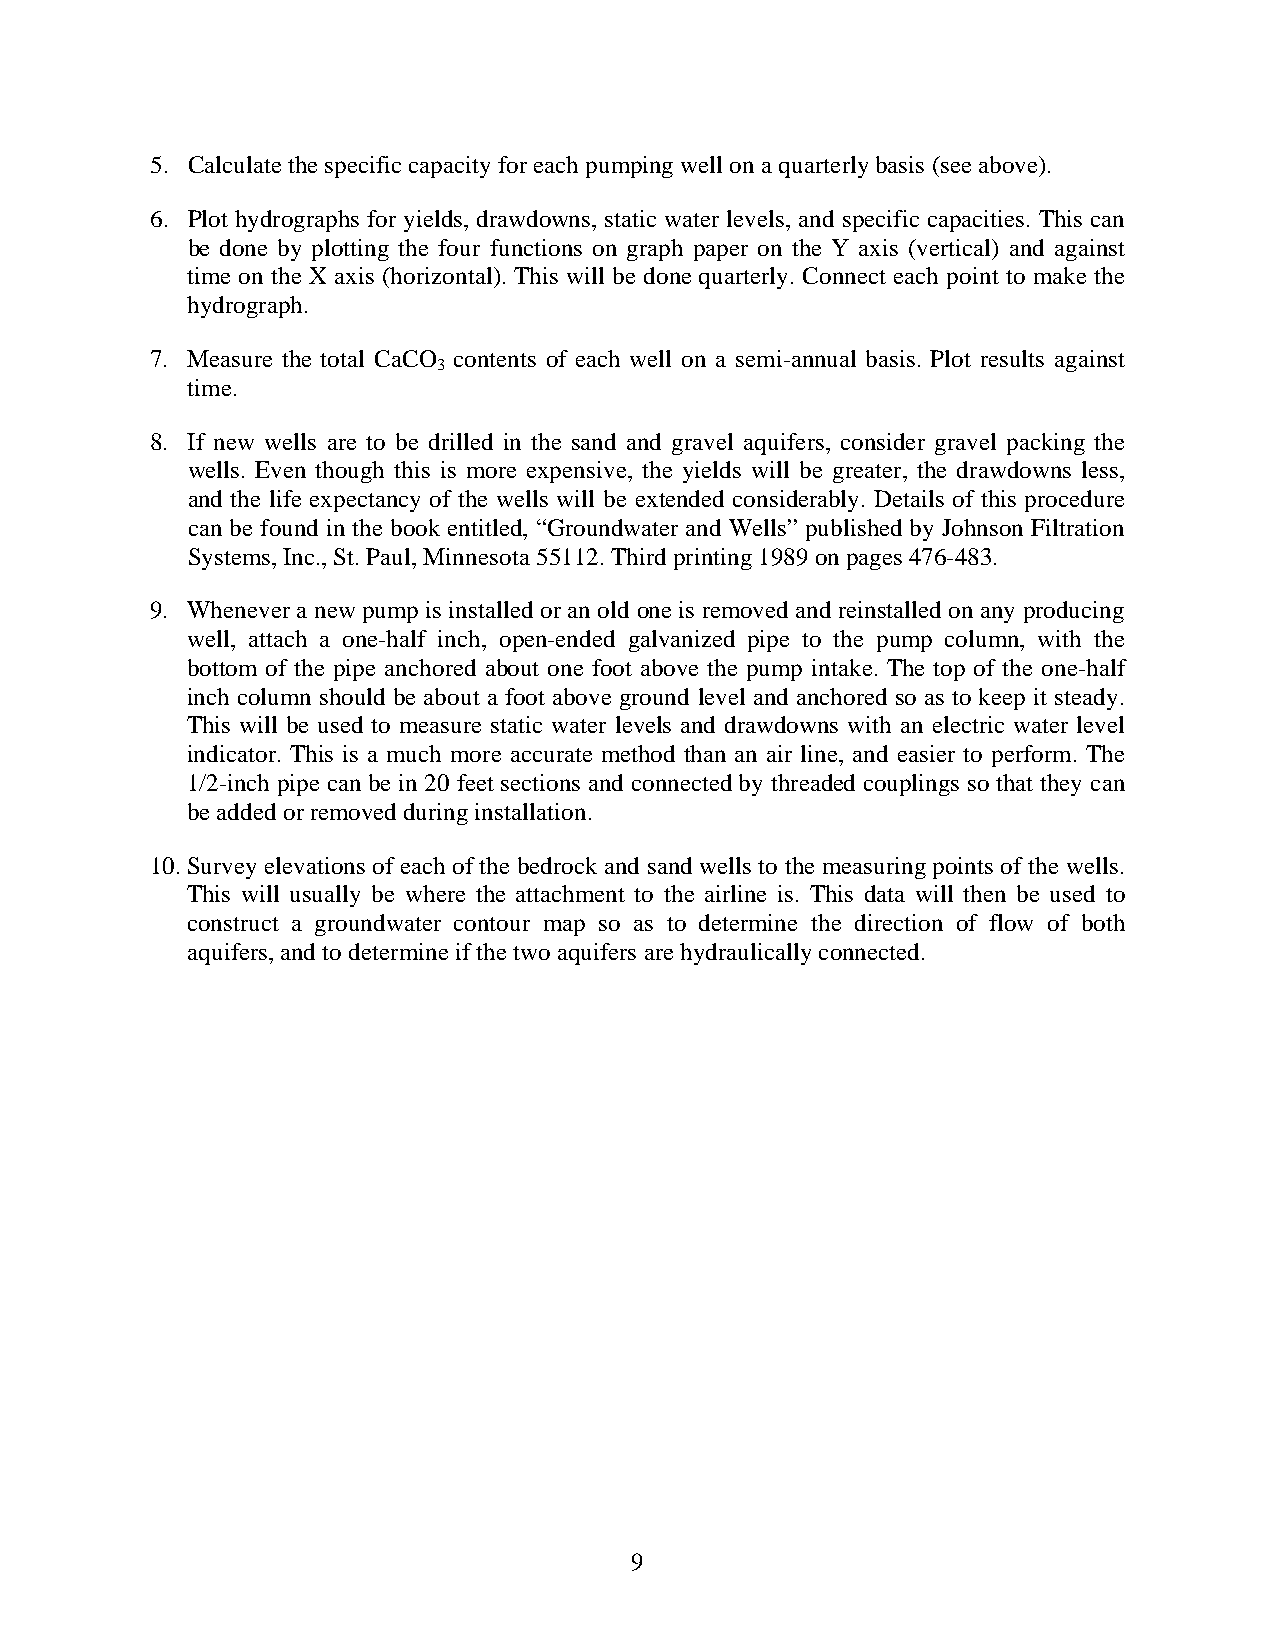
5. Calculate the specific capacity for each pumping well on a quarterly basis (see above).
 6. Plot hydrographs for yields, drawdowns, static water levels, and specific capacities. This can
 be done by plotting the four functions on graph paper on the Y axis (vertical) and against
 time on the X axis (horizontal). This will be done quarterly. Connect each point to make the
 hydrograph.
 7. Measure the total CaCO contents of each well on a semi-annual basis. Plot results against
 3
 time.
 8. If new wells are to be drilled in the sand and gravel aquifers, consider gravel packing the
 wells. Even though this is more expensive, the yields will be greater, the drawdowns less,
 and the life expectancy of the wells will be extended considerably. Details of this procedure
 can be found in the book entitled, “Groundwater and Wells” published by Johnson Filtration
 Systems, Inc., St. Paul, Minnesota 55112. Third printing 1989 on pages 476-483.
 9. Whenever a new pump is installed or an old one is removed and reinstalled on any producing
 well, attach a one-half inch, open-ended galvanized pipe to the pump column, with the
 bottom of the pipe anchored about one foot above the pump intake. The top of the one-half
 inch column should be about a foot above ground level and anchored so as to keep it steady.
 This will be used to measure static water levels and drawdowns with an electric water level
 indicator. This is a much more accurate method than an air line, and easier to perform. The
 1/2-inch pipe can be in 20 feet sections and connected by threaded couplings so that they can
 be added or removed during installation.
 10. Survey elevations of each of the bedrock and sand wells to the measuring points of the wells.
 This will usually be where the attachment to the airline is. This data will then be used to
 construct a groundwater contour map so as to determine the direction of flow of both
 aquifers, and to determine if the two aquifers are hydraulically connected.
 9